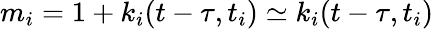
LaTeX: m_{i}=1+k_{i}(t-\tau,t_{i})\simeq k_{i}(t-\tau,t_{i})